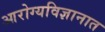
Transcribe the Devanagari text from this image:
आरोग्यविज्ञानात